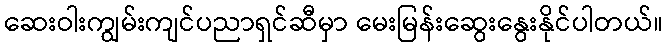
ဆေးဝါးကျွမ်းကျင်ပညာရှင်ဆီမှာ မေးမြန်းဆွေးနွေးနိုင်ပါတယ်။